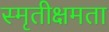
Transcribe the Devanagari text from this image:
स्मृतीक्षमता